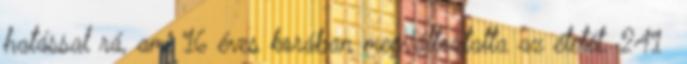
hatással rá, ami 16 éves korában megváltoztatta az életét. 241